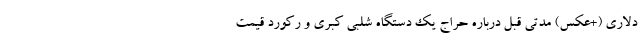
دلاری (+عکس) مدتی قبل درباره حراج یک دستگاه شلبی کبری و رکورد قیمت